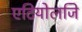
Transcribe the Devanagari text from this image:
एटियोलजि